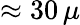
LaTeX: \approx 30\, \mu